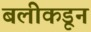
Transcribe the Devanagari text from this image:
बलीकडून